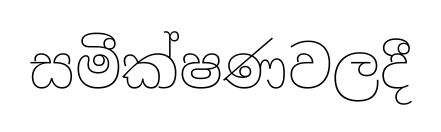
සමීක්ෂණවලදී